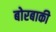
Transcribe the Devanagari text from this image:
बोरबाकी